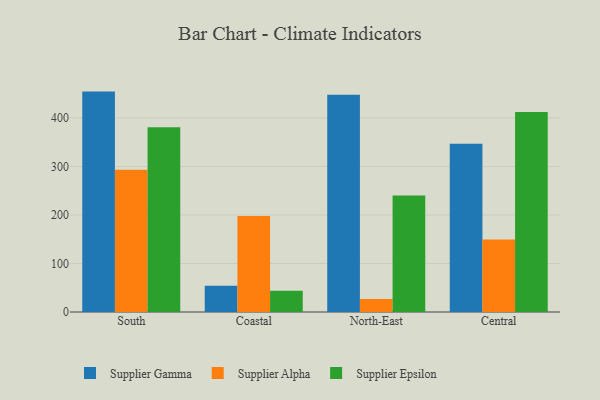
{"axis": {"x": "Region", "y": "Headcount"}, "legend": ["Supplier Alpha", "Supplier Epsilon", "Supplier Gamma"], "data": [{"x": "South", "y": 454.4, "type": "Supplier Gamma"}, {"x": "South", "y": 293.4, "type": "Supplier Alpha"}, {"x": "South", "y": 381.0, "type": "Supplier Epsilon"}, {"x": "Coastal", "y": 54.1, "type": "Supplier Gamma"}, {"x": "Coastal", "y": 197.8, "type": "Supplier Alpha"}, {"x": "Coastal", "y": 43.7, "type": "Supplier Epsilon"}, {"x": "North-East", "y": 448.0, "type": "Supplier Gamma"}, {"x": "North-East", "y": 27.0, "type": "Supplier Alpha"}, {"x": "North-East", "y": 240.0, "type": "Supplier Epsilon"}, {"x": "Central", "y": 346.7, "type": "Supplier Gamma"}, {"x": "Central", "y": 149.6, "type": "Supplier Alpha"}, {"x": "Central", "y": 412.4, "type": "Supplier Epsilon"}]}